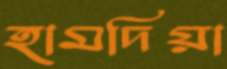
হামদিয়া